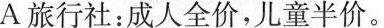
A旅行社：成人全价，儿童半价。